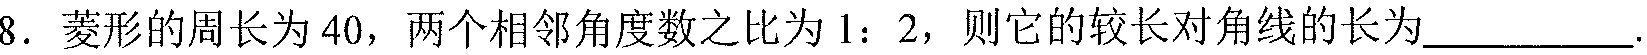
8. 菱形的周长为\(40\)，两个相邻角度数之比为\(1:2\)，则它的较长对角线的长为__________.